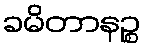
ခမိတာနဉ္စ